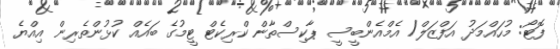
ފޮޓޯ: މުހައްމަދު އަފްޒަލް/ އެމްއެންބީސީ ޕާކިސްތާން ކްރިކެޓް ޓީމުގެ ބައެއް ކުޅުންތެރިން އިއްޔެ